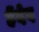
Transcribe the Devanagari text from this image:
हेंदेद